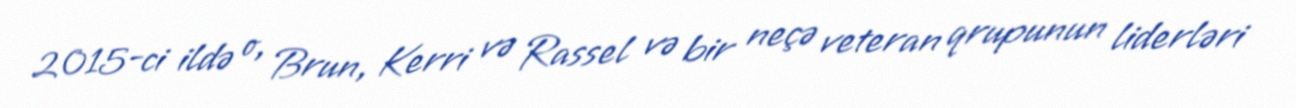
2015-ci ildə o, Brun, Kerri və Rassel və bir neçə veteran qrupunun liderləri